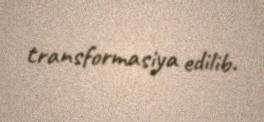
transformasiya edilib.